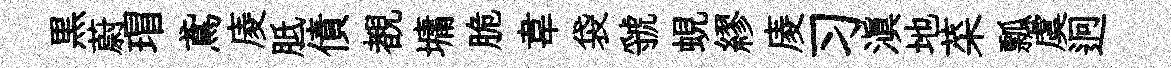
黒蔚瑁鳶庱胝債覩墉脆韋袋虢蜆繆庱习滇地菜瓢虞迥